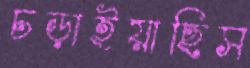
চড়াইয়াছিস